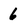
Character: 6